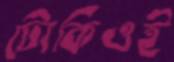
টোকিওই